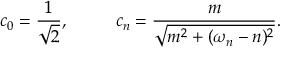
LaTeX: c _ { 0 } = { \frac { 1 } { \sqrt { 2 } } } , ~ ~ ~ ~ ~ ~ ~ ~ c _ { n } = { \frac { m } { \sqrt { m ^ { 2 } + ( \omega _ { n } - n ) ^ { 2 } } } } .